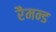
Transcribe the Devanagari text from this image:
रैमन्ड